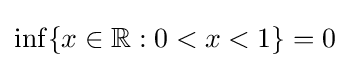
\inf\{x\in \mathbb {R} :0<x<1\}=0